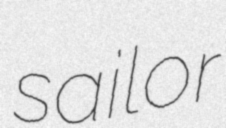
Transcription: sailor